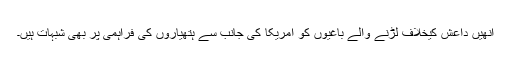
انھیں داعش کیخلاف لڑنے والے باغیوں کو امریکا کی جانب سے ہتھیاروں کی فراہمی پر بھی شبہات ہیں۔